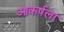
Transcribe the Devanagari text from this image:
आकर्षला